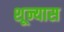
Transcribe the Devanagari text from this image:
शून्यास